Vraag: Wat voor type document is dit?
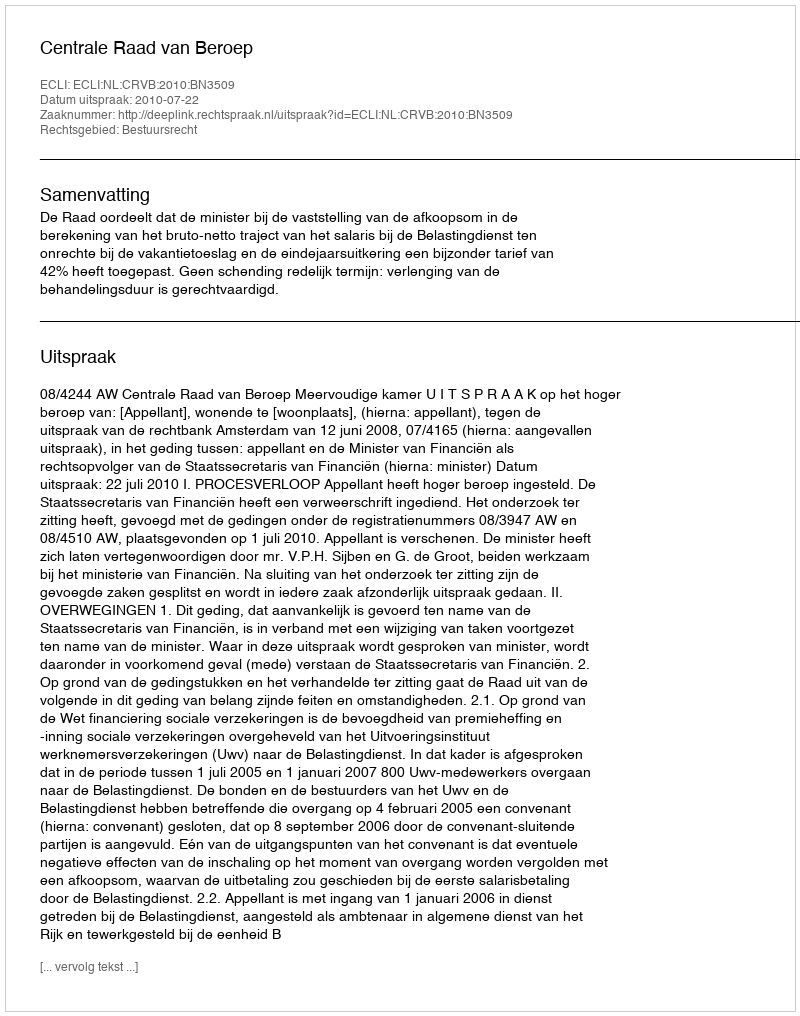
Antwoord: Uitspraak